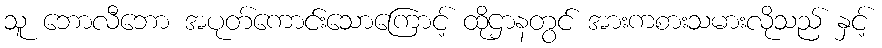
သူ ဘောလီဘော အပုတ်ကောင်းသောကြောင့် ထိုဌာနတွင် အားကစားသမားလိုသည် နှင့်